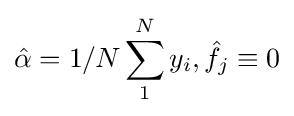
{\hat {\alpha }}=1/N\sum _{1}^{N}y_{i},{\hat {f_{j}}}\equiv 0